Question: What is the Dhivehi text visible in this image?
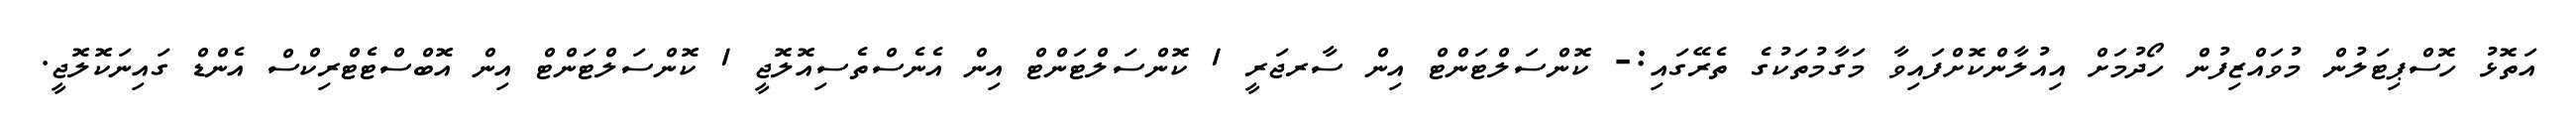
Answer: އަތޮޅު ހޮސްޕިޓަލުން މުވައްޒިފުން ހޯދުމަށް އިއުލާންކޮށްފައިވާ މަގާމުތަކުގެ ތެރޭގައި:- ކޮންސަލްޓަންޓް އިން ސާރޖަރީ 1 ކޮންސަލްޓަންޓް އިން އެނެސްތެސިއޮލޮޖީ 1 ކޮންސަލްޓަންޓް އިން އޮބްސްޓެޓްރިކްސް އެންޑް ގައިނަކޮލޮޖީ.